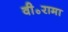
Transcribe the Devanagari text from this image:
वी॰रामा